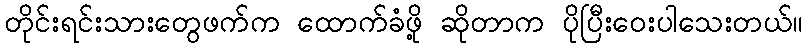
တိုင်းရင်းသားတွေဖက်က ထောက်ခံဖို့ ဆိုတာက ပိုပြီးဝေးပါသေးတယ်။